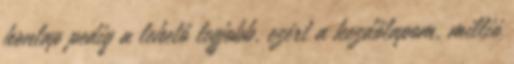
honlap pedig a lehető legjobb, ezért a kezdőlapom, millió